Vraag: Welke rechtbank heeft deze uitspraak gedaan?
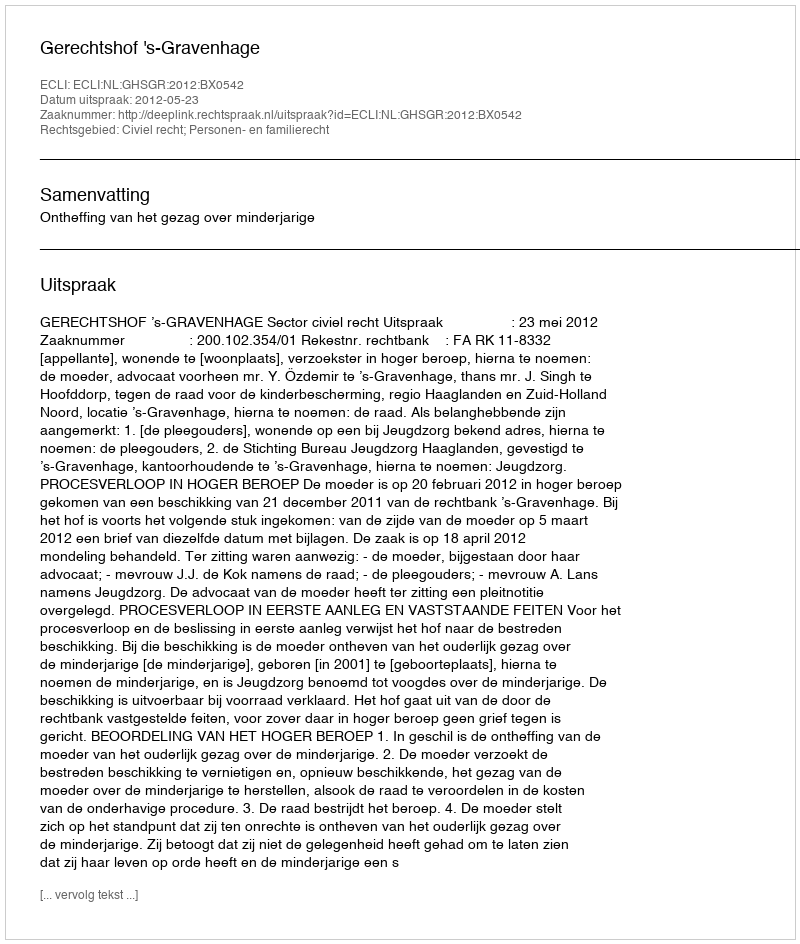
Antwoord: Gerechtshof 's-Gravenhage